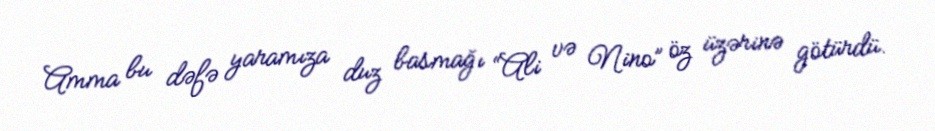
Amma bu dəfə yaramıza duz basmağı “Ali və Nino” öz üzərinə götürdü.